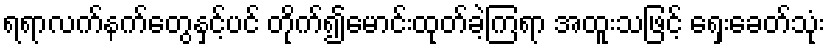
ရရာလက်နက်တွေနှင့်ပင် တိုက်၍မောင်းထုတ်ခဲ့ကြရာ အထူးသဖြင့် ရှေးခေတ်သုံး